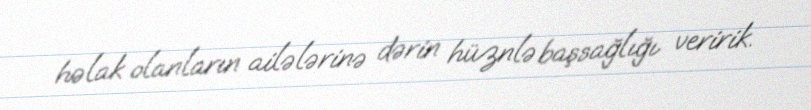
həlak olanların ailələrinə dərin hüznlə başsağlığı veririk.